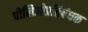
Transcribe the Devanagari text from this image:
पोलिओप्रतिबंधक